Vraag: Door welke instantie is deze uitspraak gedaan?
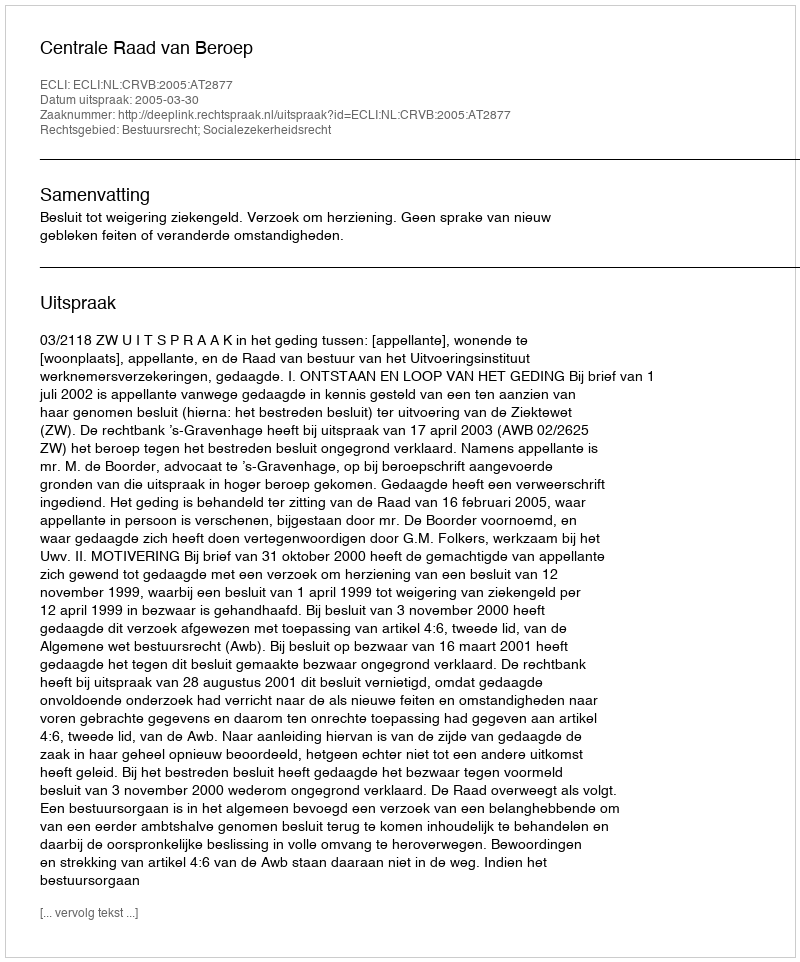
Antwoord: Centrale Raad van Beroep